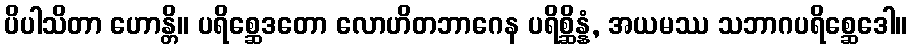
ပိပါသိတာ ဟောန္တိ။ ပရိစ္ဆေဒတော လောဟိတဘာဂေန ပရိစ္ဆိန္နံ, အယမဿ သဘာဂပရိစ္ဆေဒေါ။